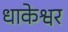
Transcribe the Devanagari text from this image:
धाकेश्वर